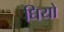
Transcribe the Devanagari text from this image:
घियो